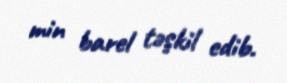
min barel təşkil edib.